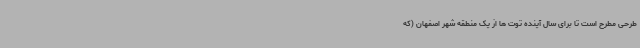
طرحی مطرح است تا برای سال آینده توت ها از یک منطقه شهر اصفهان (که